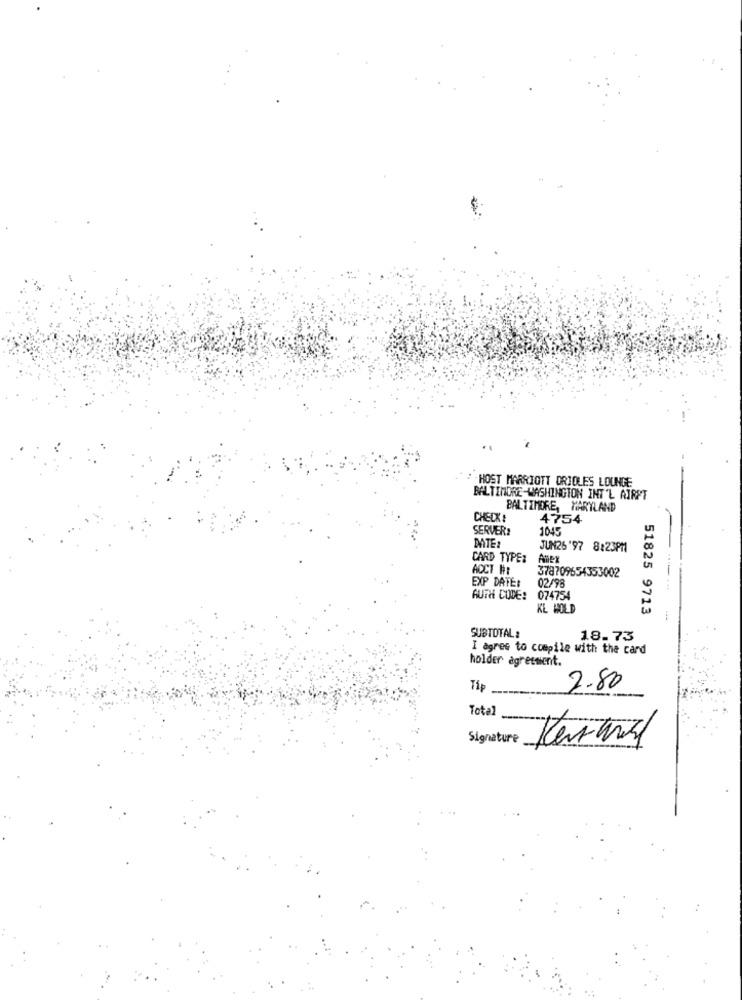
-HOST MARRIOTT ORIOLES LOUNGE
BALTIMORE-WASHINGTON INT'L AIRFT
BALTIMORE, MARYLAND
CHECK!
4754
SERVER#
1045
MIE:
JUN26'97 8:23PM
CARD TYPE:
Ase
ACCT HE
378709654353002
EXP DATE:
02/98
AUTH CODE: 074754
KL HOLD
51825 9713
SUBTOTAL :
18.73
I agree to compile with the card
holder agressient.
Tip
2.80
Total
Signature
Kenthar